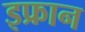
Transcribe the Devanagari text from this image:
इफ्रान